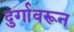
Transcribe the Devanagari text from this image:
दुर्गावरून